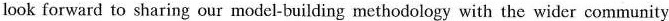
look forward to sharing our model-building methodology with the wider community